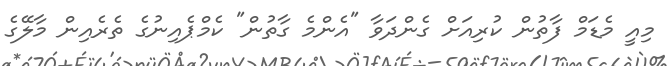
މިއީ މެޑަމް ފާތުން ކުރިއަށް ގެންދަވާ "އެންމެ ގާތުން" ކެމްޕެއިނުގެ ތެރެއިން މާލޭގެ